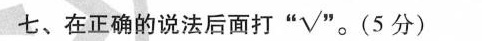
七、在正确的说法后面打 √ (5分)